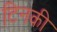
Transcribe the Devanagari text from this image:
टिनकी